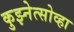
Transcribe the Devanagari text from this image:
कुझ्नेत्सोव्हा